Report on vaccination in Madras 1904-1921 - 1904-1921
Year: 1904
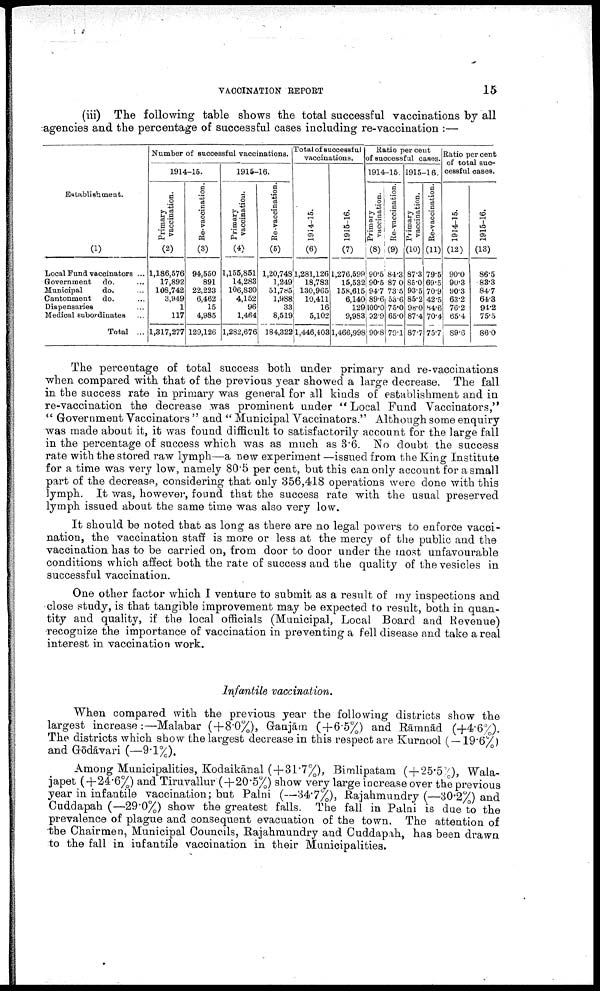
VACCINATION
REPORT
15
(iii) The following table shows the total successful vaccinations by all
agencies and the percentage of successful cases including re-vaccination :—
Establishment.
(1)
Local Fund vaccinators ...
Government do. ...
Municipal
do. ...
Cantonment do. ...
Dispensaries ...
Medical subordinates ...
Total ...
Number of successful vaccinations.
1914-15.
Primary
vaccination.
(2)
1,186,576
17,892
108,742
3,949
1
117
1,317,277
Re-vaccination.
(3)
94,550
891
22,223
6,462
15
4,985
129,126
1915-16.
Primary
vaccination.
(4)
1,155,851
14,283
106,830
4,152
96
1,464
1,282,676
Re-vaccination.
(5)
1,20,748
1,249
51,785
1,988
33
8,519
184,322
Total of successful
vaccinations.
1914-15.
(6)
1,281,126
18,783
130,965
10,411
16
5,102
l,446,403
1915-16.
(7)
1,276,599
15,532
158,615
6,140
129
9,983
1,466,998
Ratio per cent
of successful cases.
1914-15.
Primary
vaccination.
(8)
90.5
90.5
94.7
89.6
100.0
92.9
90.8
Re-vaccination.
(9)
84.3
87.0
73.5
53.6
75.0
65.0
79.1
1915-16.
Primary
vaccination.
(10)
87.3
85.0
93.5
85.2
98.0
87.4
87.7
Re-vaccination.
(11)
79.5
69.5
70.9
42.5
84.6
70.4
75.7
Ratio per cent
of total suc
cessful cases.
1914-15.
(12)
90.0
90.3
90.3
63.2
76.2
65.4
89.6
1915-16.
(13)
86.5
83.3
84.7
64.3
91.2
75.5
86.0
The percentage of total success both under primary and re-vaccinations
when compared with that of the previous year showed a large decrease. The fall
in the success rate in primary was general for all kinds of establishment and in
re-vaccination the decrease was prominent under " Local Fund Vaccinators,"
" Government Vaccinators " and " Municipal Vaccinators." Although some enquiry
was made about it, it was found difficult to satisfactorily account for the large fall
in the percentage of success which was as much as 3.6. No doubt the success
rate with the stored raw lymph—a new experiment —issued from the King Institute
for a time was very low, namely 80.5 per cent, but this can only account for a small
part of the decrease, considering that only 356,418 operations were done with this
lymph. It was, however, found that the success rate with the usual preserved
lymph issued about the same time was also very low.
It should be noted that as long as there are no legal powers to enforce vacci
nation, the vaccination staff is more or less at the mercy of the public and the
vaccination has to be carried on, from door to door under the most unfavourable
conditions which affect both the rate of success and the quality of the vesicles in
successful vaccination.
One other factor which I venture to submit as a result of my inspections and
close study, is that tangible improvement may be expected to result, both in quan
tity and quality, if the local officials (Municipal, Local Board and Revenue)
recognize the importance of vaccination in preventing a fell disease and take a real
interest in vaccination work.
Infantile vaccination.
When compared with the previous year the following districts show the
largest increase:—Malabar (+8.0%), Ganjām (+6.5%) and Rāmnād (+4.6%).
The districts which show the largest decrease in this respect are Kurnool ( —19.6%)
and Gōdāvari (—9.1%).
Among Municipalities, Kodaikānal (+31.7%), Bimlipatam (+25.5%), Wala¬
japet (+24.6%) and Tiruvallur (+20.5%) show very large increase over the previous
year in infantile vaccination; but Palni (—34.7%), Rajahmundry (—30.2%) and
Cuddapah (—29.0%) show the greatest falls. The fall in Palni is due to the
prevalence of plague and consequent evacuation of the town. The attention of
the Chairmen, Municipal Councils, Rajahmundry and Cuddapah, has been drawn
to the fall in infantile vaccination in their Municipalities.